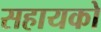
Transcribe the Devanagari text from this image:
सहायको